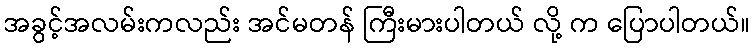
အခွင့်အလမ်းကလည်း အင်မတန် ကြီးမားပါတယ် လို့ က ပြောပါတယ်။